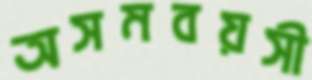
অসমবয়সী